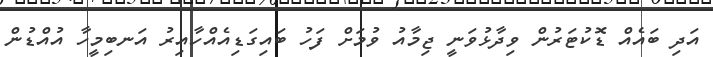
އަދި ބައެއް ޑޮކުޓަރުން ވިދާޅުވަނީ ޖިމާއު ވުމަށް ފަހު ބައިގަޑިއެއްހާއިރު އަނބިމީހާ އުއްޑުން